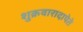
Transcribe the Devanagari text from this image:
शुक्रवारादापेते